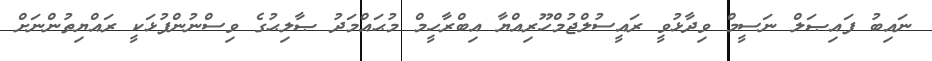
ނައިބު ފައިޞަލް ނަސީމް ވިދާޅުވީ ރައީސުލްޖުމްހޫރިއްޔާ އިބްރާހީމް މުޙައްމަދު ޞާލިޙުގެ ވިސްނުންފުޅަކީ ރައްޔިތުންނަށް